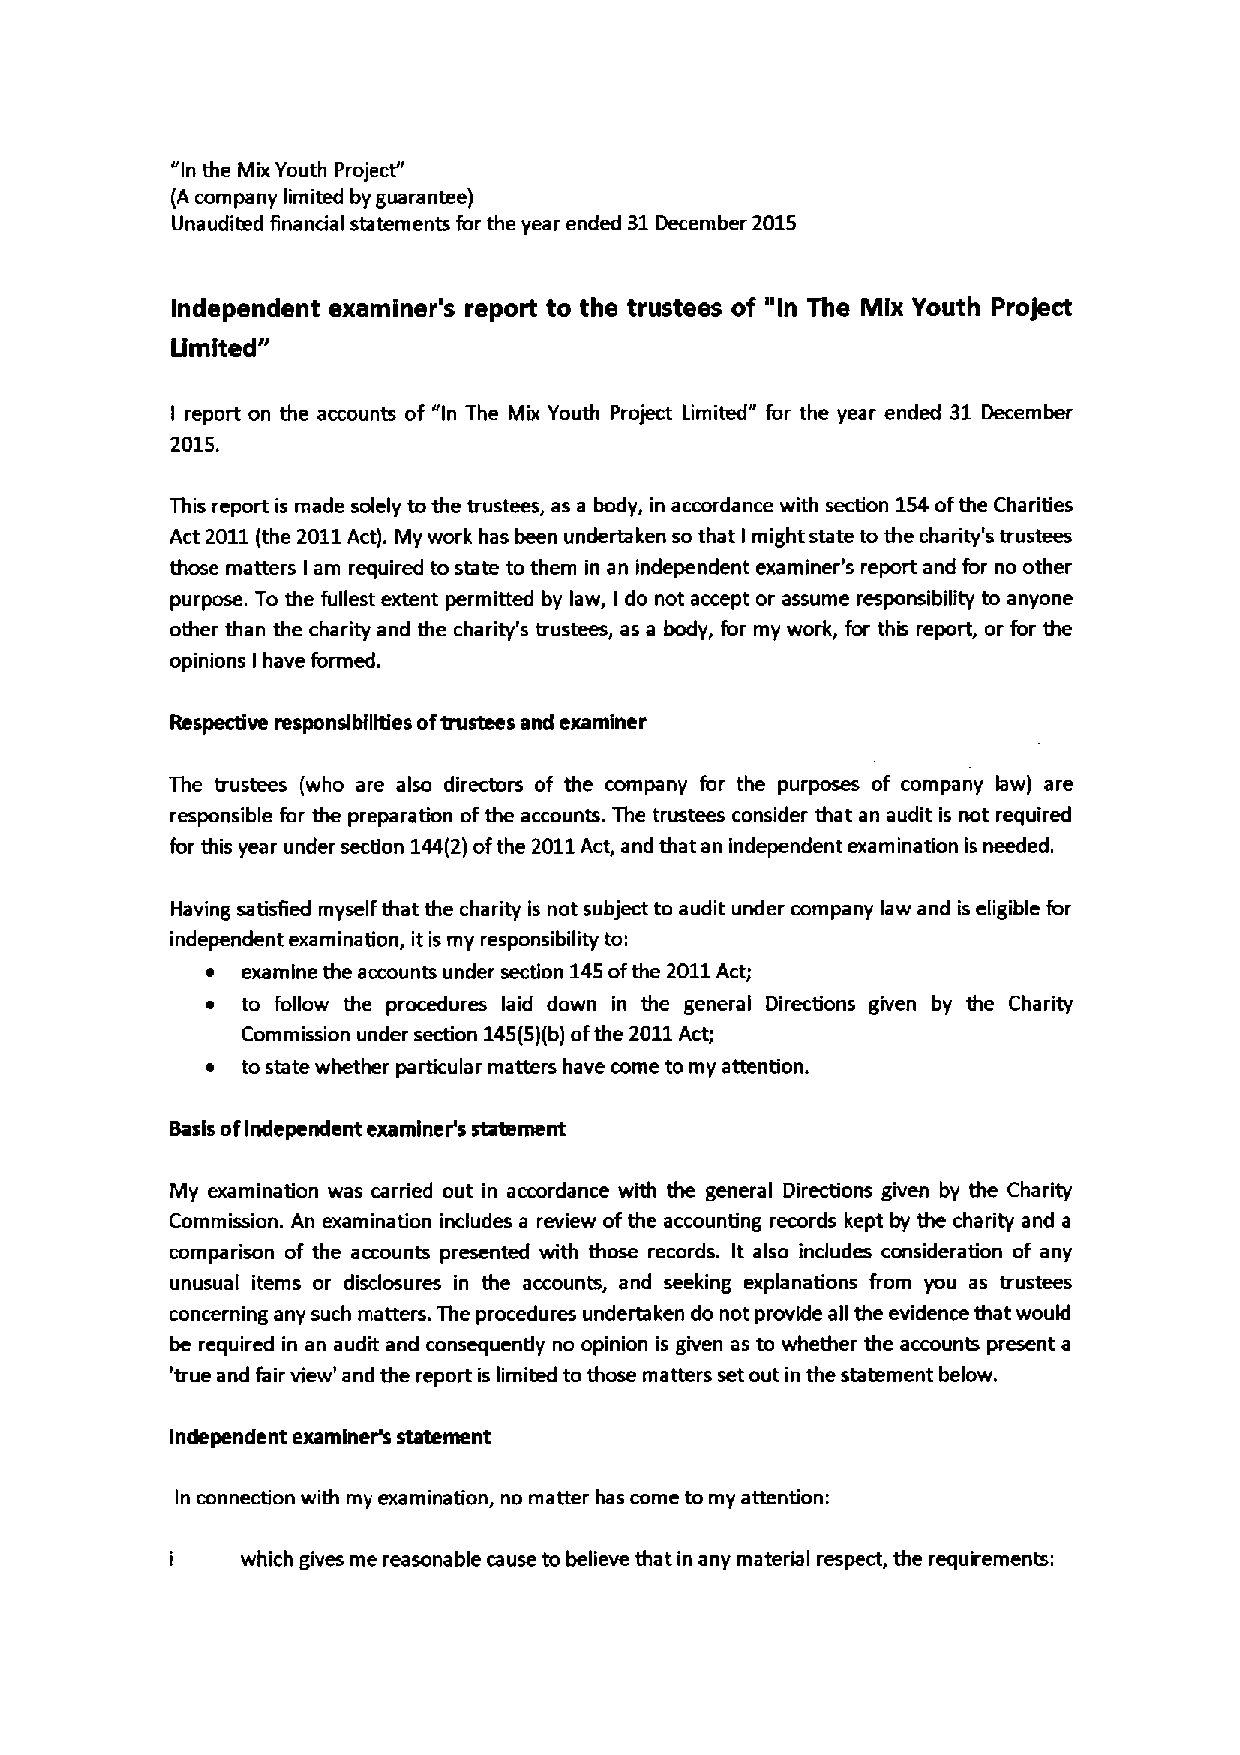
"In the Mix Youth ProjecY'
 (A company limited by guarantee)
 Unaudited finandal statements for the year ended 31December 2015
 Independent examiner's report to the trustees of "In The Mix Youth Project
 Umlted"
 I report on the accounts of "In The Mix Youth Project Limited" for the year ended 31 December
 2015.
 This report is made solely tothe trustees, as a body, in accordance with section 154ofthe Charities
 Act 2011(the 2011Act). My work has been undertaken so that I might state to the charity's trustees
 those matters I am required to state to them in an independent examiner's report and for no other
 purpose. To the fullest extent permitted by law, I do not accept or assume responsibility to anyone
 other than the charity and the charity's trustees, as a body, for my work, for this report, or for the
 opinions have formed.
 I
 Respecfive responslblllfies oftrustees and examiner
 The trustees (who are also directors of the company for the purposes of company law) are
 responsible for the preparation of the accounts. The trustees consider that an audit is not required
 for this year under section 144(2)ofthe 2011Act, and that an independent examination is needed.
 Having satisfied myself that the charity is not subject to audit under company law and is eligible for
 independent examination, it is my responsibility to:
 ~ examine the accounts under section 145ofthe 2011Act;
 ~ to follow the procedures laid down in the general Directions given by the Charity
 Commission under section 145(5)(b)ofthe 2011Act;
 ~ to state whether particular matters have come to my attention.
 Basis ofIndependent examiner's statement
 My examination was carried out in accordance with the general Directions given by the Charity
 Commission. An examination includes a review ofthe accounting records kept by the charity and a
 comparison of the accounts presented with those records. It also includes consideration of any
 unusual items or disdosures in the accounts, and seeking explanations from you as trustees
 concerning any such matters. The procedures undertaken do not provide all the evidence that would
 be required in an audit and consequently no opinion is given as to whether the accounts present a
 'true and fair view' and the report is limited to those matters set out in the statement below.
 Inde pendent examine% statement
 In connection with my examination, no matter has come to my attention:
 i    which gives me reasonable cause to believe that in any material respect, the requkements: